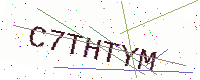
Text: C7THTYM